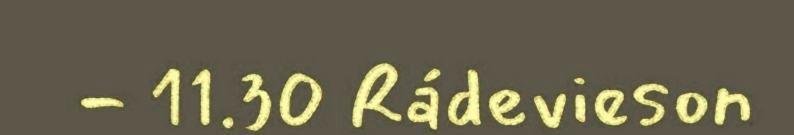
- 11.30 Rádevieson